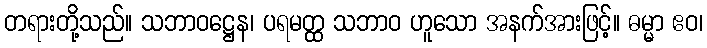
တရားတို့သည်။ သဘာဝဋ္ဌေန၊ ပရမတ္ထ သဘာဝ ဟူသော အနက်အားဖြင့်။ ဓမ္မာ ဧဝ၊